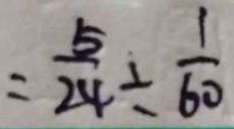
= \frac { 5 } { 2 4 } \div \frac { 1 } { 6 0 }